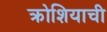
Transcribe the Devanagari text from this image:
क्रोशियाची